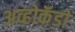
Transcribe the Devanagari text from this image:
अव्होकॅडो